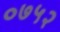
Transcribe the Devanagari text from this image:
०७५२